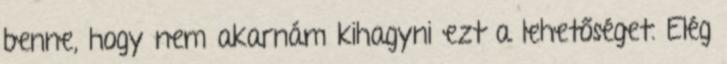
benne, hogy nem akarnám kihagyni ezt a lehetőséget. Elég